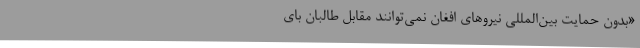
«بدون حمایت بین‌المللی نیرو‌های افغان نمی‌توانند مقابل طالبان بای